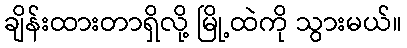
ချိန်းထားတာရှိလို့ မြို့ထဲကို သွားမယ်။